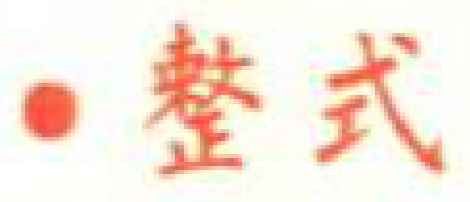
$\bullet$ 整式